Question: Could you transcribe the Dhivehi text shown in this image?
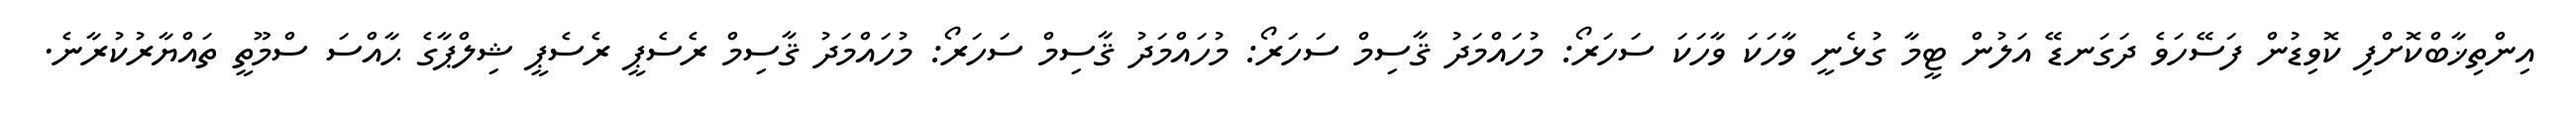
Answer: އިންތިޚާބްކޮށްފި ކޮވިޑުން ފަސޭހަވެ ދަގަނޑޭ އަލުން ޓީމާ ގުޅެނީ ވާހަކަ ވާހަކަ ސަހަރޯ: މުހައްމަދު ޤާސިމް ސަހަރޯ: މުހައްމަދު ޤާސިމް ސަހަރޯ: މުހައްމަދު ޤާސިމް ރެސެޕީ ރެސެޕީ ޝިލްޕާގެ ޙާއްސަ ސްމޫތީ ތައްޔާރުކުރާނެ.